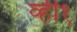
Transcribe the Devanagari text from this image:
व्ही१